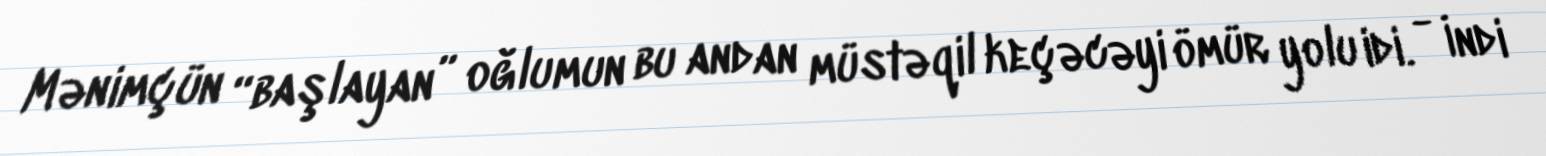
Mənimçün “başlayan” oğlumun bu andan müstəqil keçəcəyi ömür yolu idi. - İndi